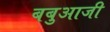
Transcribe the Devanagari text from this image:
बबुआजी